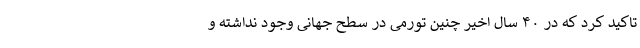
تاکید کرد که در ۴۰ سال اخیر چنین تورمی در سطح جهانی وجود نداشته و